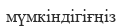
мүмкіндігіғңіз